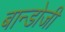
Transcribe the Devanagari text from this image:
बान्डोजी